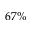
6 7 \%